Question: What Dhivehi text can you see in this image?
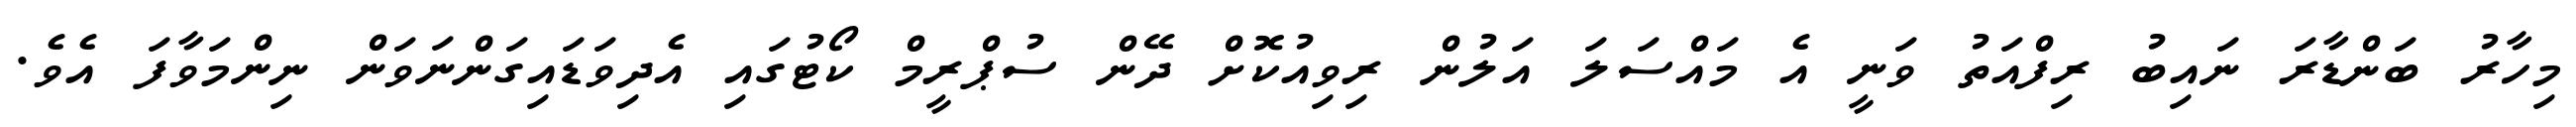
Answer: މިހާރު ބަންޑާރަ ނައިބު ރިފްއަތު ވަނީ އެ މައްސަލަ އަލުން ރިވިއުކޮށް ދޭން ސުޕްރީމް ކޯޓުގައި އެދިވަޑައިގަންނަވަން ނިންމަވާފަ އެވެ.